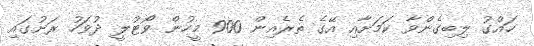
ހައްގު ލިބިގެންވާ ކަމަށާއި އޭގެ ތެރެއިން 900 މީހުން ވޯޓުލީ ދުވަހު ރަށުގައި